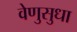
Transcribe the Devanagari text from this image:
वेणुसुधा